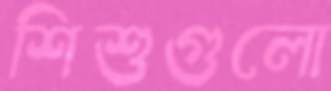
শিশুগুলো